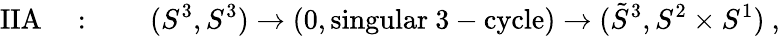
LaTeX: \mathrm{IIA}\quad:\qquad(S^{3},S^{3})\to(0,\mathrm{singular~3-cycle})\to(\tilde{S}^{3},S^{2}\times S^{1})~,